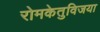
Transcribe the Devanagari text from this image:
रोमकेतुविजया